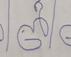
Signature authenticity: forged